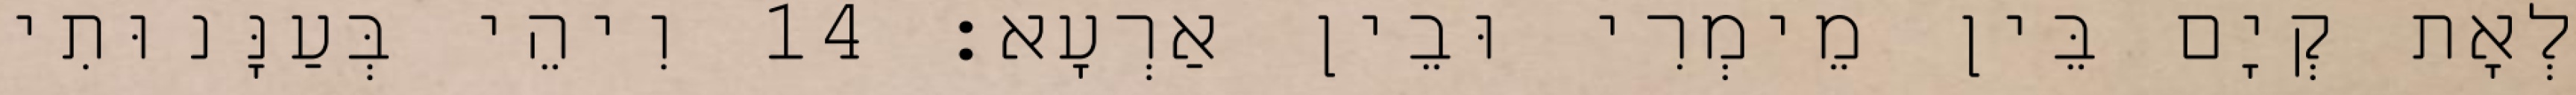
לְאָת קְיָם בֵּין מֵימְרִי וּבֵין אַרְעָא׃ 14 וִיהֵי בְּעַנָּנוּתִי